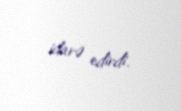
idarə edirdi.